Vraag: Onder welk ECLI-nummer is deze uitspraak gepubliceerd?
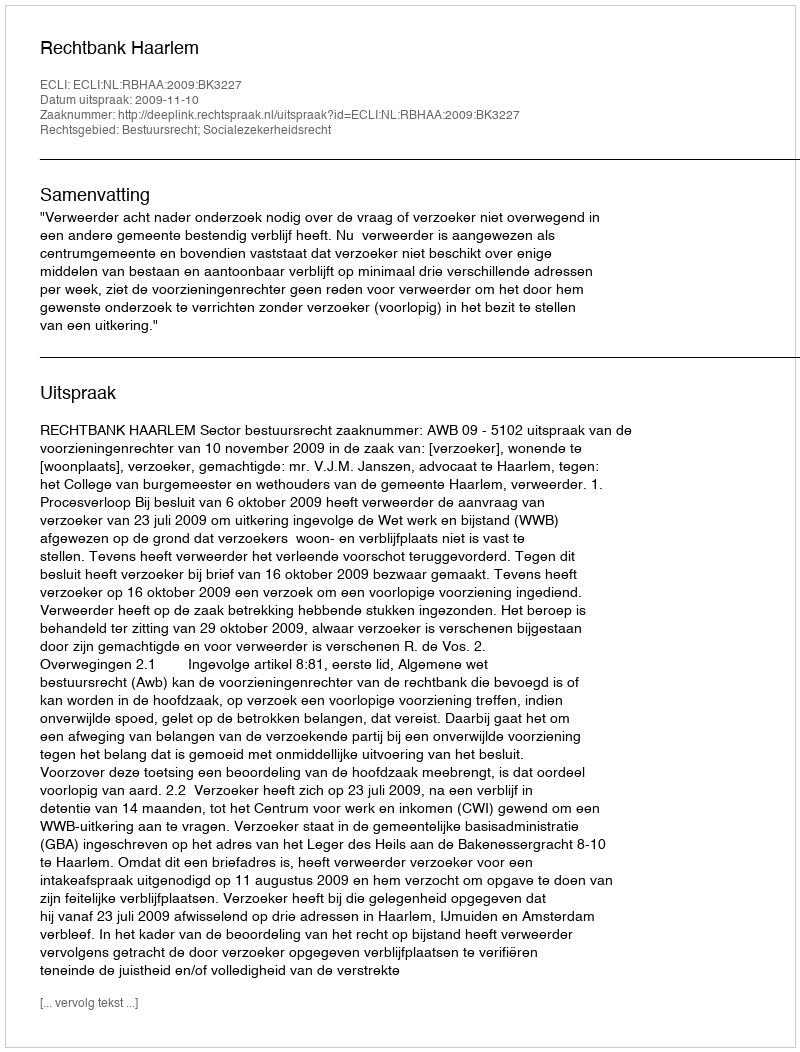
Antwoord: ECLI:NL:RBHAA:2009:BK3227